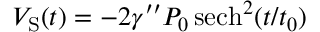
V _ { \mathrm { { S } } } ( t ) = - 2 \gamma ^ { \prime \prime } P _ { 0 } \, \mathrm { { s e c h } } ^ { 2 } ( t / t _ { 0 } )